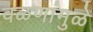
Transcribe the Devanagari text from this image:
वळणांमुळे